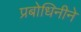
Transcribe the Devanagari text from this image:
प्रबोधिनीने